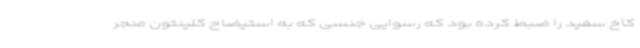
کاخ سفید را ضبط کرده بود که رسوایی جنسی که به استیضاح کلینتون منجر